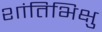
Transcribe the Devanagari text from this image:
शांतिभिक्षु